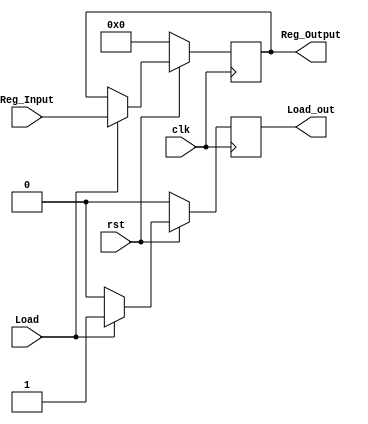
//ECE 5440
module Register(Reg_Input, Reg_Output, clk, rst, Load,Load_out);
	input [3:0] Reg_Input;
	output [3:0] Reg_Output;
	reg [3:0] Reg_Output;
	input clk, rst, Load;
	output reg Load_out;
	always @(posedge clk) begin
		if(rst == 0)
			begin
				Reg_Output <= 4'b0000;
				Load_out<=0;
			end
		else if(Load == 1)
			begin
				Reg_Output <=Reg_Input;
				Load_out<=1;
			end
		else
			begin
				Load_out<=0;
			end
	end
endmodule